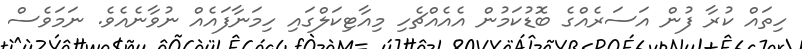
ހިތައް ކުރާ ފުން އަސަރެއްގެ ބޮޑުކަމުން އެއެއްޗެހި މިއާޓިކަލްގައި ހިމަނާފައެއް ނުވާނެއެވެ. ނަމަވެސް